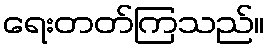
ရေးတတ်ကြသည်။